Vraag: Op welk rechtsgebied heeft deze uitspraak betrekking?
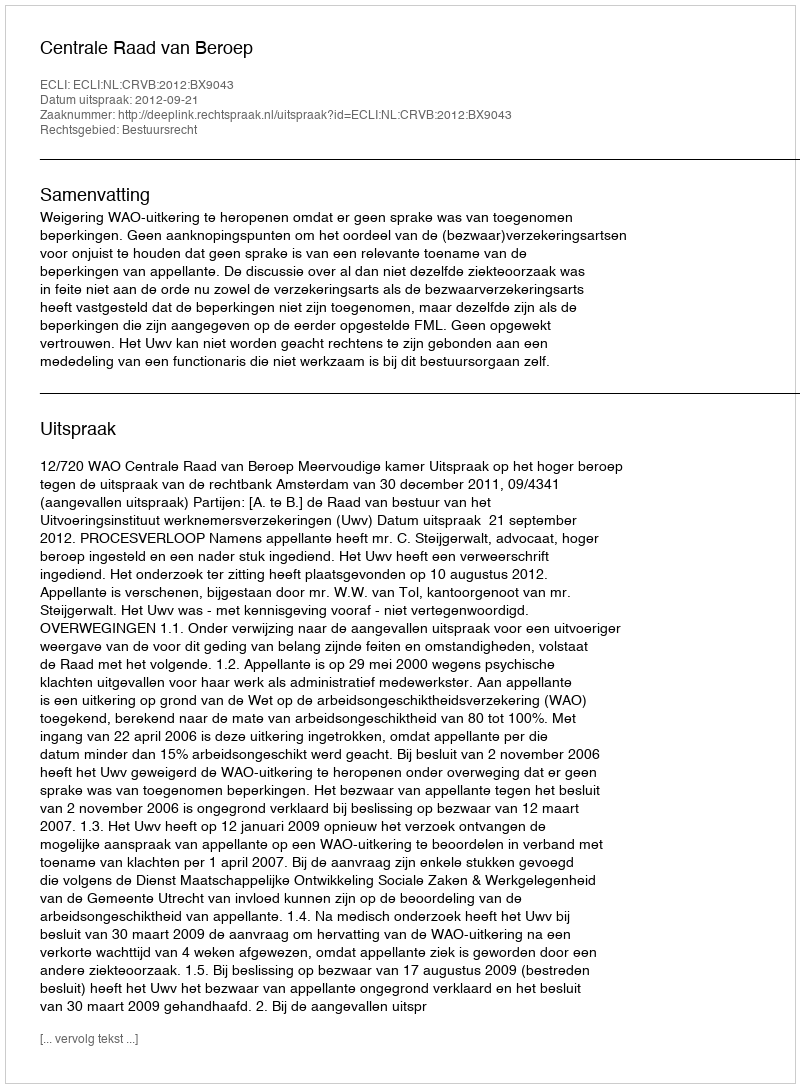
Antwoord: Bestuursrecht